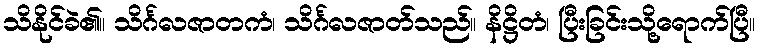
သိနိုင်ခဲ၏။ သိင်္ဂလဇာတကံ၊ သိင်္ဂလဇာတ်သည်။ နိဋ္ဌိတံ၊ ပြီးခြင်းသို့ရောက်ပြီ။